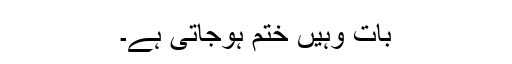
بات وہیں ختم ہوجاتی ہے۔